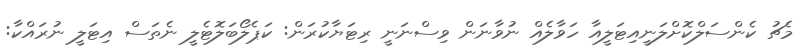
މެޗު ކެންސަލްކޮށްލަނީއިޓަލީއާ ހަވާލެއް ނުވާނަން ވިސްނަނީ ރިޓަޔާކުރަން: ކަޕެލޯބަލޮޓެލީ ނެތަސް އިޓަލީ ނުރައްކާ: